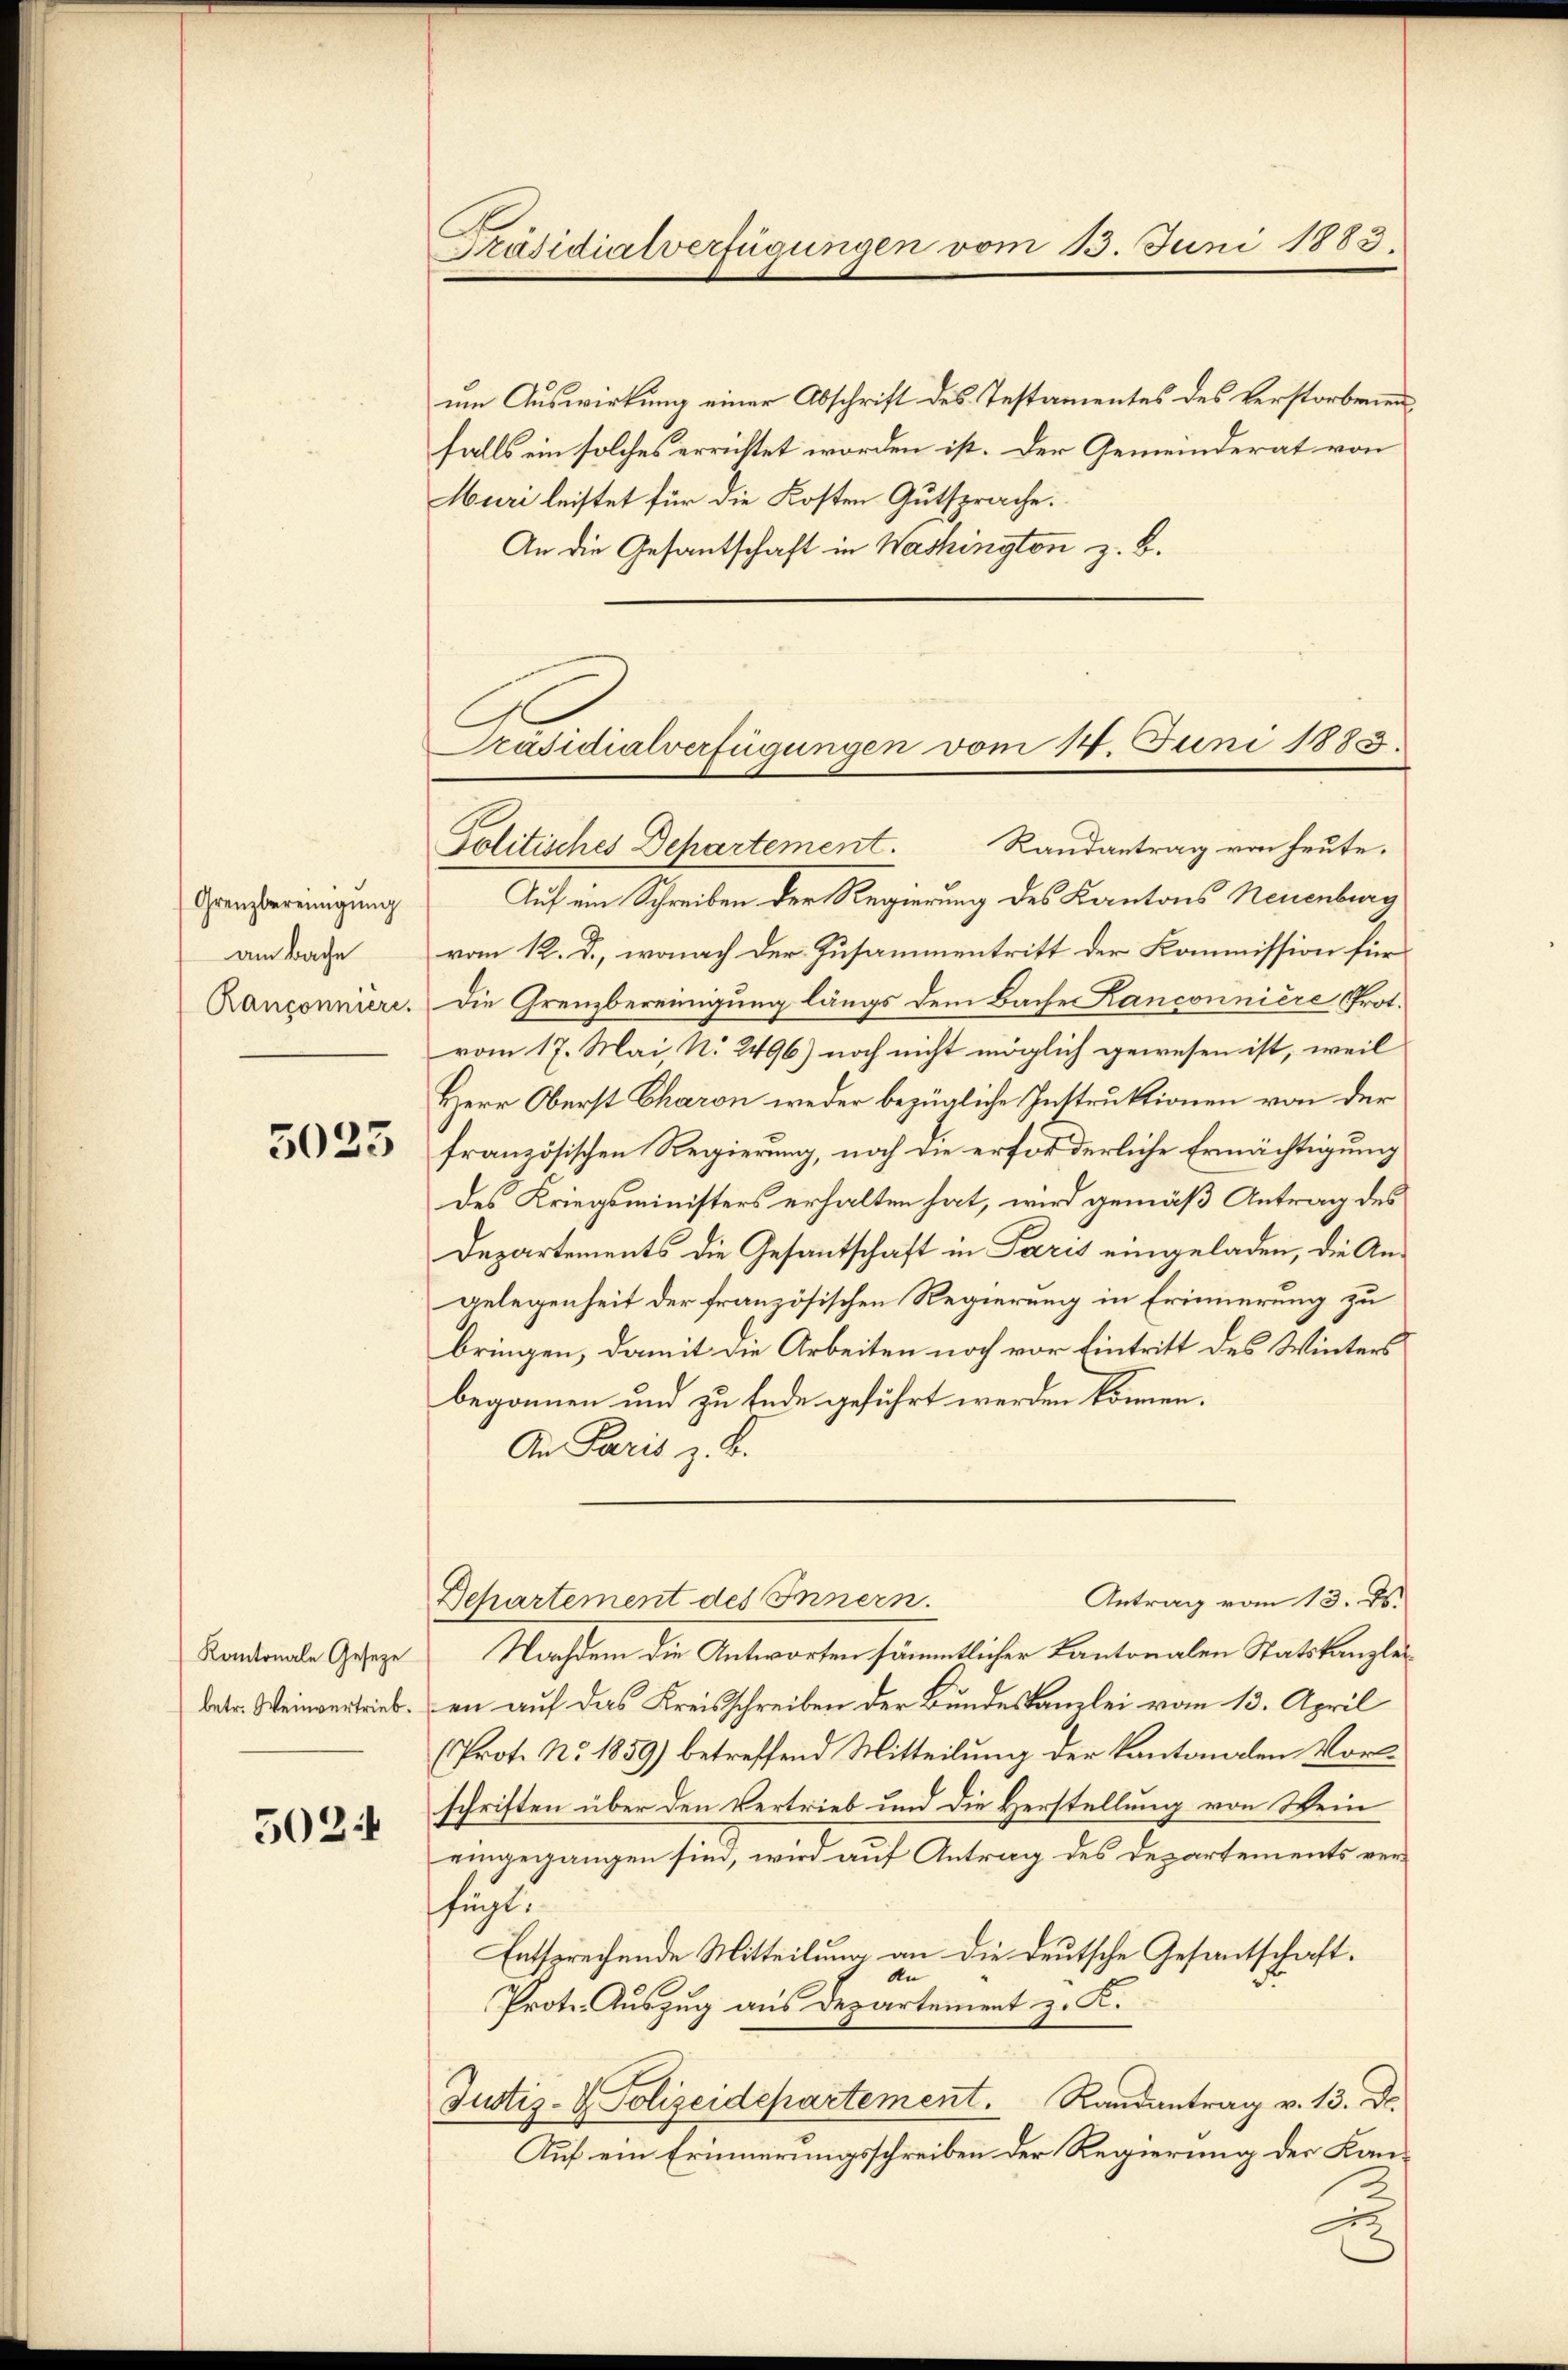
Grenzbereinigung
am Bache

5023

5024

um Auswirkung einer Abschrift des Testamentes des Verstorbenen
falls ein solches errichtet worden ist. Der Gemeinderat von
Muri leistet für die Kosten Gutsprache.
An die Gesantschaft in Washington z. B.

Präsidialverfügungen vom 13. Juni 1883.

Präsidialverfügungen vom 14. Juni 1885.
Politisches Departement. Randantrag von heute.

Auf ein Schreiben der Regierung des Kantons Neuenburg
vom 12. d., wonach der Zusammentritt der Kommission für
Ranzonniere. Die Grenzbereinigung längs dem Bache Kanconniere Prot.
vom 17. Mai, N. 2496) noch nicht möglich gewesen ist, weil
Herr Oberst Charon weder bezügliche Instruktionen von der
französischen Regierung, noch die erforderliche Ermächtigung
des Kriegsministers erhalten hat, wird gemäß Antrag des
Departements die Gesantschaft in Paris eingeladen, die Angelegenheit der französischen Regierung in Erinnerung zu
bringen, damit die Arbeiten noch vor Eintritt des Winters
begonnen und zu Ende geführt werden können.
An Paris z. B.
Antrag vom 13. ds.
Departement des Innern.
Kantonale Gesetze Nachdem die Antworten sämmtlicher Kantonalen Statskanzleibetr. Weinvertrieben auf das Kreisschreiben der Bundeskanzlei vom 13. April
(Prot. No. 1859) betreffend Mitteilung der Kantonalen Vorschriften über den Vertrieb und die Verstellung von Wein
eingegangen sind, wird auf Antrag des Departements verfunt.
Entsprechende Mitteilung an die deutsche Gesantschaft.
An
Prote. Auszug aus Departement z. K.
Justiz- & Polizeidepartement. Randantrag v. 13. Dr.
Auf ein Erinnerungsschreiben der Regierung der Kans